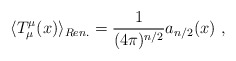
\begin{align*}\langle T^\mu_\mu(x)\rangle_{Ren.}=\frac1{(4\pi)^{n/2}}a_{n/2}(x) \ ,\end{align*}